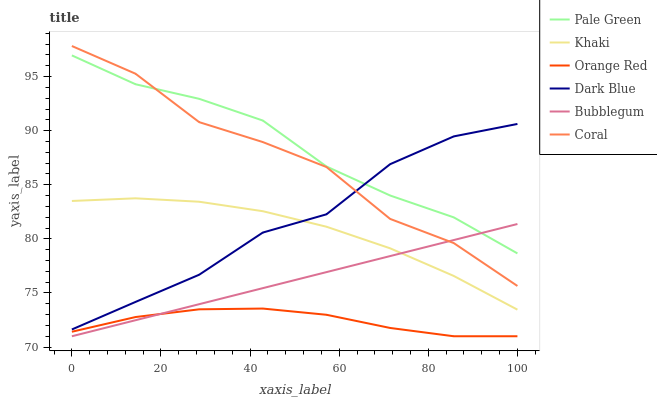
| xaxis_label | Pale Green | Khaki | Orange Red | Dark Blue | Bubblegum | Coral |
 | --- | --- | --- | --- | --- | --- | --- |
 | 0 | 97 | 83.5 | 71.4 | 71.6 | 71 | 97.8 |
 | 14.3 | 94.3 | 83.7 | 72.8 | 74.2 | 72.5 | 95.3 |
 | 28.6 | 92.9 | 83.4 | 73.5 | 76.7 | 74 | 90.8 |
 | 42.9 | 90.9 | 82.6 | 73.6 | 80.6 | 75.4 | 88.9 |
 | 57.1 | 86.7 | 81.1 | 73 | 82.3 | 76.9 | 86.6 |
 | 71.4 | 84 | 79.1 | 71.8 | 86.9 | 78.4 | 81.8 |
 | 85.7 | 82 | 76.6 | 71 | 89.5 | 79.9 | 79.6 |
 | 100 | 78.7 | 73.5 | 71 | 90.6 | 81.4 | 75.6 |